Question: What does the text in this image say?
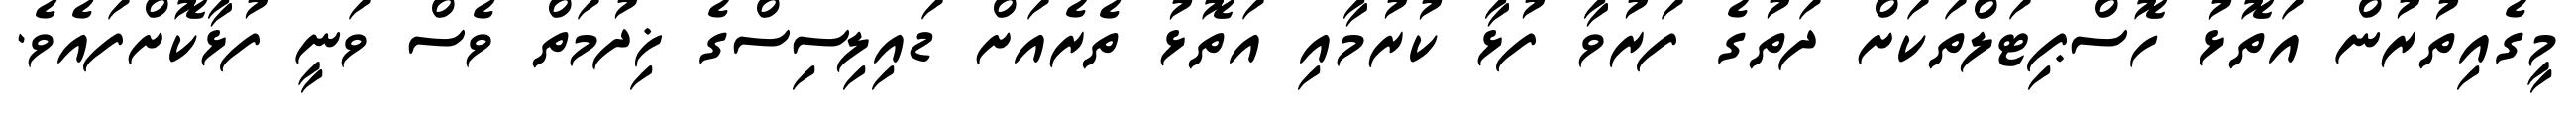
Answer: މީގެއިތުރުން އަތޮޅު ހޮސްޕިޓަލްތަކަށް ދަތުގެ ފަރުވާ ފުޅާ ކުރުމާއި އަތޮޅު ތެރެއަށް ޑައިލިސިސްގެ ޚިދުމަތް ވެސް ވަނީ ފުޅާކޮށްފައެވެ.